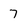
Character: 7